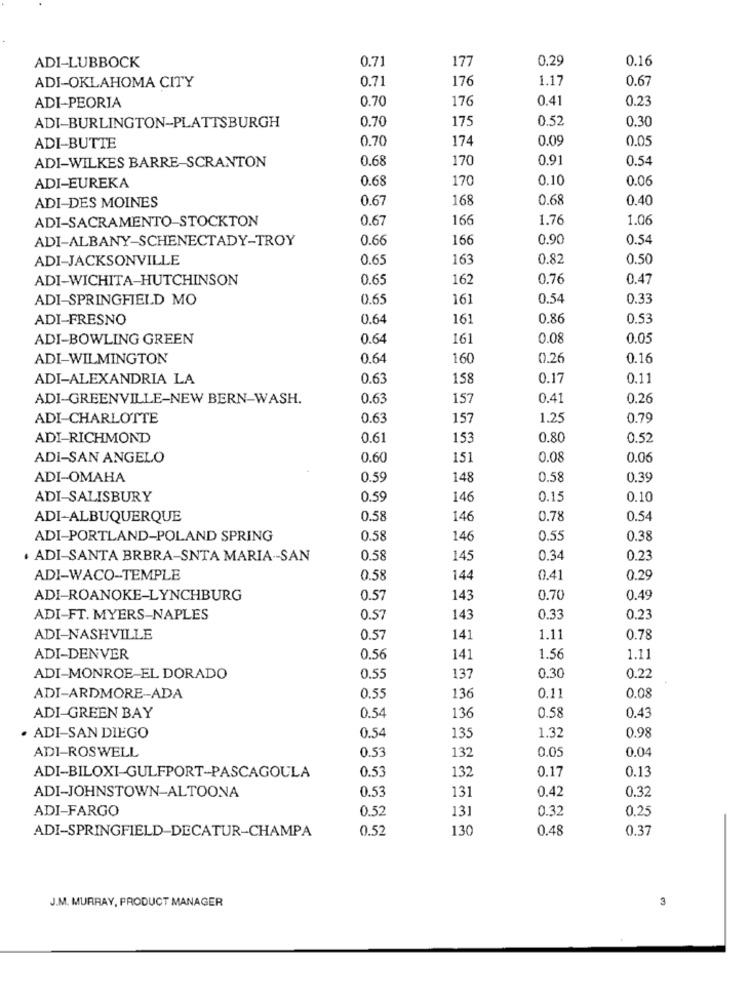
ADI-LUBBOCK
0.71
177
0.29
0.16
0.71
176
1.17
0.67
ADI-OKLAHOMA CITY
0.70
176
0.41
0.23
ADI-PEORIA
ADI-BURLINGTON-PLATTSBURGH
0.70
175
0.52
0.30
0.70
174
0.09
0.05
ADI-BUTTE
ADI-WILKES BARRE-SCRANTON
0.68
170
0.91
0.54
0.68
170
0.10
0.06
ADI-EUREKA
ADI-DES MOINES
0.67
168
0.68
0.40
ADI-SACRAMENTO STOCKTON
0.67
166
1.76
1.06
ADI-ALBANY-SCHENECTADY-TROY
0.66
166
0.90
0.54
ADI-JACKSONVILLE
0.65
163
0.82
0.50
ADI-WICHITA-HUTCHINSON
0.65
162
0.76
0.47
ADI-SPRINGFIELD MO
0.6.
161
0.54
0.33
ADI-FRESNO
0.64
161
0.86
0.53
ADI-BOWLING GREEN
0.64
161
0.08
0.05
ADI-WILMINGTON
0.64
160
0.26
0.16
ADI-ALEXANDRIA LA
0.63
158
0.17
0.11
ADI-GREENVILLE-NEW BERN-WASH.
0.63
157
0.41
0.26
ADI-CHARLOTTE
0.63
157
1.25
0.79
ADI-RICHMOND
0.61
153
0.80
0.52
ADI-SAN ANGELO
0.60
151
0.08
0.06
ADI-OMAHA
0.59
148
0.58
0.39
ADI-SALISBURY
0.59
146
0.15
0.10
ADI-ALBUQUERQUE
0.58
146
0.78
0.54
ADI-PORTLAND-POLAND SPRING
0.58
146
0.55
0.38
· ADI-SANTA BRBRA-SNTA MARIA -- SAN
0.58
145
0.34
0.23
ADI-WACO-TEMPLE
0.58
144
0.41
0.29
ADI-ROANOKE-LYNCHBURG
0.57
143
0.70
0.49
ADI-FT. MYERS-NAPLES
0.57
143
0.33
0.23
ADI-NASHVILLE
0.57
141
1.11
0.78
ADI-DENVER
0.56
141
1.56
1.11
0.30
ADI-MONROE-EL DORADO
0.55
137
0.22
ADI-ARDMORE-ADA
0.55
136
0.11
0.08
0.54
0.58
ADI-GREEN BAY
136
0.43
0.54
1.32
0.98
ADI-SAN DIEGO
135
ADI-ROSWELL
0.53
132
0.05
0.04
0.53
132
0.17
0.13
ADI-BILOXI-GULFPORT-PASCAGOULA
0.53
131
0.42
0.32
ADI-JOHNSTOWN-ALTOONA
ADI-FARGO
0.52
13.
0.32
0.25
ADI-SPRINGFIELD-DECATUR-CHAMPA
0.52
130
0.48
0.37
J.M. MURRAY, PRODUCT MANAGER
3